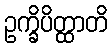
ဥက္ခိပိတ္ထာတိ